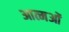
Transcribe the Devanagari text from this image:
आत्मओं